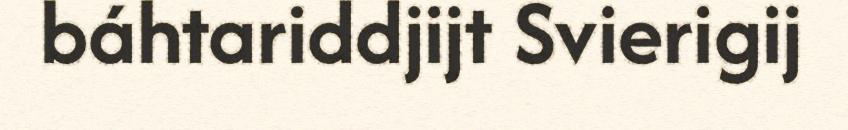
báhtariddjijt Svierigij